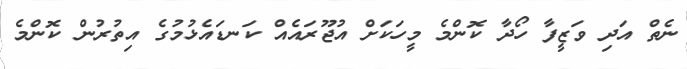
ނެތް އަދި ވަޒީފާ ހޯދާ ކޮންމެ މީހަކަށް އުޖޫރައެއް ކަނޑައެޅުމުގެ އިތުރުން ކޮންމެ